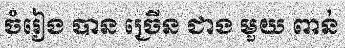
ចំរៀង បាន ច្រើន ជាង មួយ ពាន់